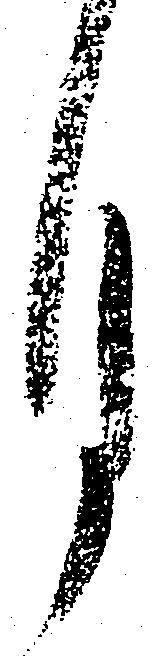
月